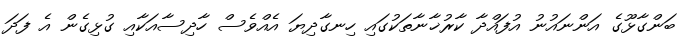
ބަންގާޅޫގެ އަންނައުނު އުފައްދާ ކާރުޚާނާތަކުގައި ހިނގާދިޔަ އެއްވެސް ހާދިސާއަކާއި ގުޅިގެން އެ ފަދަ